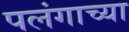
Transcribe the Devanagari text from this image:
पलंगाच्या